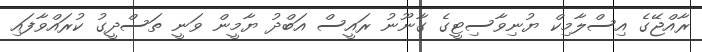
ރާއްޖޭގެ އިސްލާމިކް ޔުނިވާސިޓީގެ ގާނޫނު ރައީސް އަބްދު ޔާމީން ވަނީ ތަސްދީގު ކުރައްވާފައި